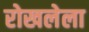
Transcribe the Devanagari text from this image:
रोखलेला